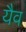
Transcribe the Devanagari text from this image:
यैव